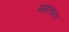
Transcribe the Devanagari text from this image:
माइलायड